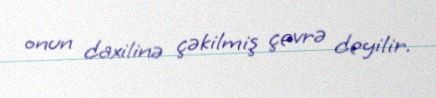
onun daxilinə çəkilmiş çevrə deyilir.